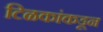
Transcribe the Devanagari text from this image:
टिळकांकडून